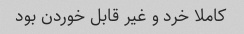
کاملا خرد و غیر قابل خوردن بود